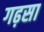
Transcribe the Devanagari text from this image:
गढ़सा